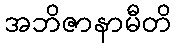
အဘိဇာနာမီတိ